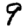
Digit: 9